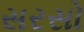
સરસો